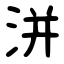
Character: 洴